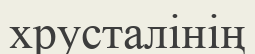
хрусталінің